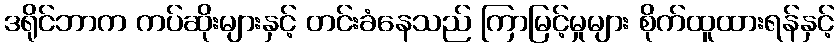
ဒရိုင်ဘာက ကပ်ဆိုးများနှင့် တင်းခံနေသည် ကြာမြင့်မှုများ စိုက်ထူထားရန်နှင့်